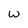
Character: W